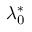
\lambda _ { 0 } ^ { \ast }